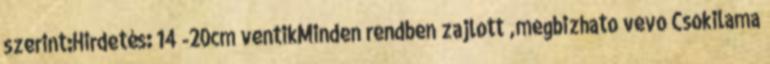
szerint:Hirdetés: 14 -20cm ventikMinden rendben zajlott ,megbizhato vevo Csokilama